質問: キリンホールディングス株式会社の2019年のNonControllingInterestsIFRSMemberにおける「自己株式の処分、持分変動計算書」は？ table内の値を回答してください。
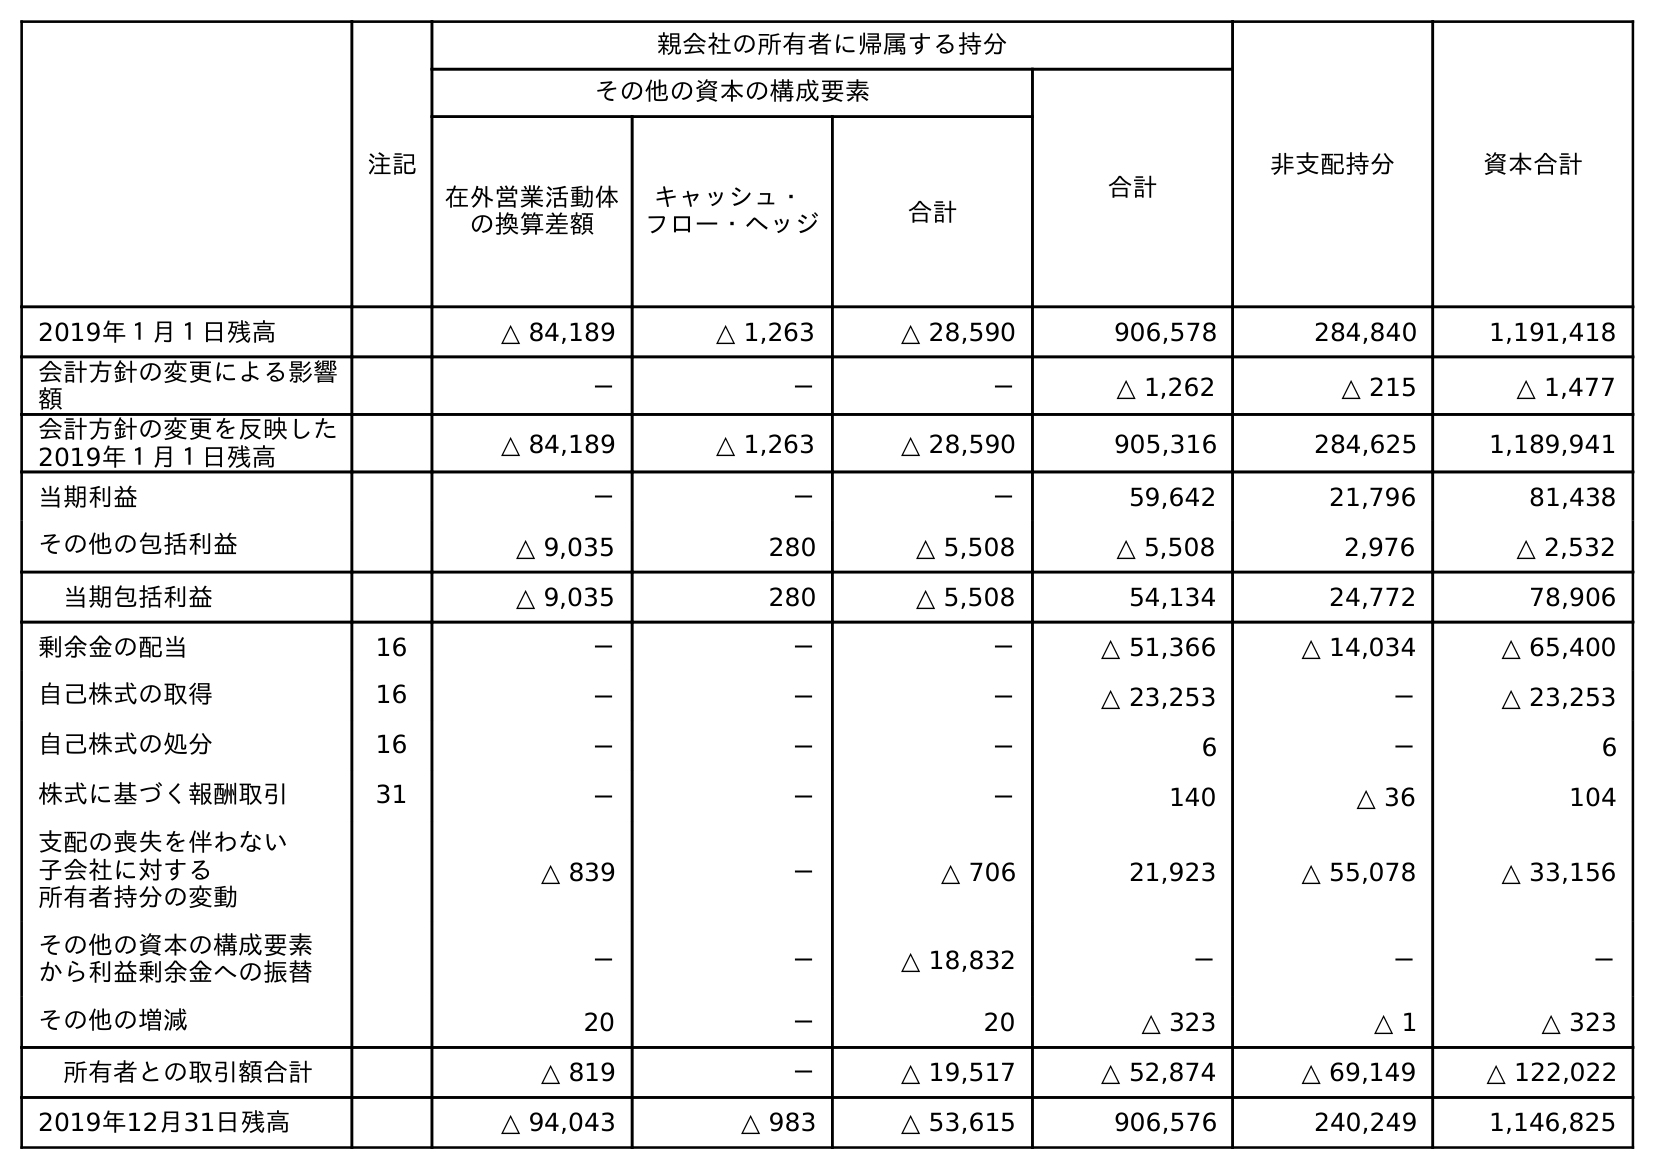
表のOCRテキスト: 注記 親会社の所有者に帰属する持分 非支配持分 資本合計 その他の資本の構成要素 合計 在外営業活動体 の換算差額 キャッシュ・ フロー・ヘッジ 合計 2019年１月１日残高 △ 84,189 △ 1,263 △ 28,590 906,578 284,840 1,191,418 会計方針の変更による影響 額 － － － △ 1,262 △ 215 △ 1,477 会計方針の変更を反映した 2019年１月１日残高 △ 84,189 △ 1,263 △ 28,590 905,316 284,625 1,189,941 当期利益 － － － 59,642 21,796 81,438 その他の包括利益 △ 9,035 280 △ 5,508 △ 5,508 2,976 △ 2,532 当期包括利益 △ 9,035 280 △ 5,508 54,134 24,772 78,906 剰余金の配当 16 － － － △ 51,366 △ 14,034 △ 65,400 自己株式の取得 16 － － － △ 23,253 － △ 23,253 自己株式の処分 16 － － － 6 － 6 株式に基づく報酬取引 31 － － － 140 △ 36 104 支配の喪失を伴わない 子会社に対する 所有者持分の変動 △ 839 － △ 706 21,923 △ 55,078 △ 33,156 その他の資本の構成要素 から利益剰余金への振替 － － △ 18,832 － － － その他の増減 20 － 20 △ 323 △ 1 △ 323 所有者との取引額合計 △ 819 － △ 19,517 △ 52,874 △ 69,149 △ 122,022 2019年12月31日残高 △ 94,043 △ 983 △ 53,615 906,576 240,249 1,146,825
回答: －